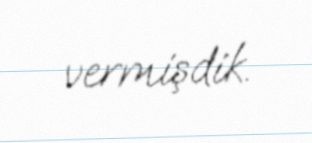
vermişdik.